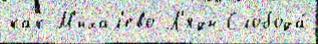
как М'ихал'ево Л'яды Слобода́